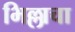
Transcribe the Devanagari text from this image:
भिल्लाचा